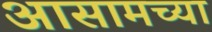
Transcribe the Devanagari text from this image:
अासामच्या